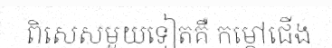
ពិសេសមួយទៀតគឺ កម្តៅជើង